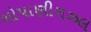
ગોપાણીગઝલ